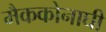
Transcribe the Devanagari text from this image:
मैककोनाघी